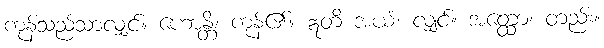
ကုန်သည်သာလျှင်။ ဟောန္တိ၊ ကုန်၏။ ဣတိ အယံ၊ လျှင်။ အတ္ထော၊ တည်း။